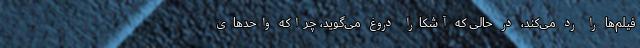
فیلم‌ها را رد می‌کند، در حالی که آشکارا دروغ می‌گوید، چراکه واحدهای